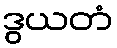
ဒွယတံ